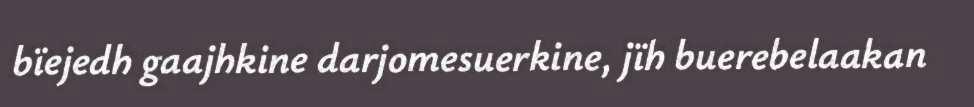
bïejedh gaajhkine darjomesuerkine, jïh buerebelaakan